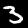
Digit: 3